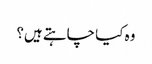
وہ کیا چاہتے ہیں؟